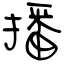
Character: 播